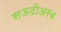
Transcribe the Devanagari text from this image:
सऊदीअरब